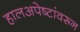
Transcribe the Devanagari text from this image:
हालअपेष्टांवरून